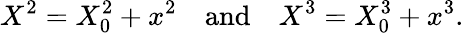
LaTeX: X^{2}=X_{0}^{2}+x^{2}\ \ \ \ \mathrm{and}\ \ \ \ X^{3}=X_{0}^{3}+x^{3}.